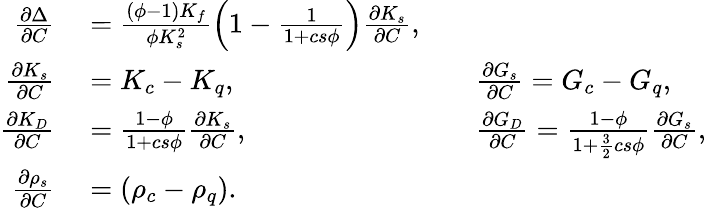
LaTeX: \begin{array}{r}{\begin{array}{rlrl}{\frac{\partial\Delta}{\partial C}}&{{}=\frac{(\phi-1)K_{f}}{\phi K_{s}^{2}}\left(1-\frac{1}{1+cs\phi}\right)\frac{\partial K_{s}}{\partial C},}\\ {\frac{\partial K_{s}}{\partial C}}&{{}=K_{c}-K_{q},\qquad}&{}&{{}\frac{\partial G_{s}}{\partial C}=G_{c}-G_{q},}\\ {\frac{\partial K_{D}}{\partial C}}&{{}=\frac{1-\phi}{1+cs\phi}\frac{\partial K_{s}}{\partial C},\qquad}&{}&{{}\frac{\partial G_{D}}{\partial C}=\frac{1-\phi}{1+\frac{3}{2}cs\phi}\frac{\partial G_{s}}{\partial C},}\\ {\frac{\partial\rho_{s}}{\partial C}}&{{}=(\rho_{c}-\rho_{q}).}\end{array}}\end{array}